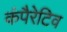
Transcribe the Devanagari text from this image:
कंपैरेटिव